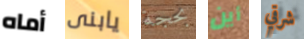
أماه يابنى بحجة أين شرقي